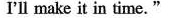
I'll make it in time."